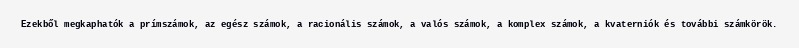
Ezekből megkaphatók a prímszámok, az egész számok, a racionális számok, a valós számok, a komplex számok, a kvaterniók és további számkörök.